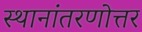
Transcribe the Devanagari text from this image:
स्थानांतरणोत्तर